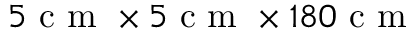
5 \mathrm { ~ c ~ m ~ } \times 5 \mathrm { ~ c ~ m ~ } \times 1 8 0 \mathrm { ~ c ~ m ~ }